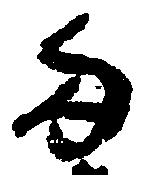
両